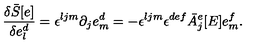
\frac { \delta { \bar { S } } [ e ] } { \delta e _ { l } ^ { d } } = \epsilon ^ { l j m } \partial _ { j } e _ { m } ^ { d } = - \epsilon ^ { l j m } \epsilon ^ { d e f } { \bar { A } } _ { j } ^ { e } [ E ] e _ { m } ^ { f } .